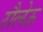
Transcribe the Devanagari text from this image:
रौलेऊ